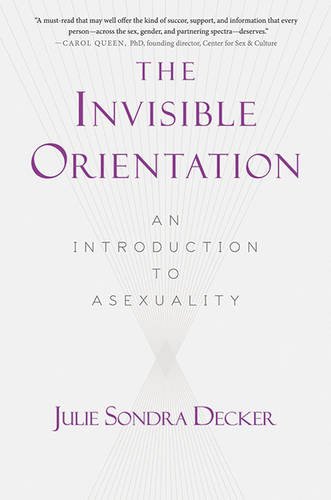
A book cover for The Invisible Orientation: An Introduction to Asexuality; Julie Sondra Decker; Gay & Lesbian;